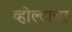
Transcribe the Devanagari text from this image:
व्होल्टाचा